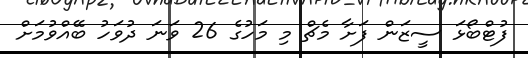
ފުޓްބޯޅަ ސީޒަން ފަށާ މެޗް މި މަހުގެ 26 ވަނަ ދުވަހު ބޭއްވުމަށް